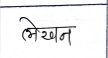
मजकूर: लेखन